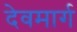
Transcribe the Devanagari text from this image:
देवमार्ग